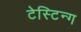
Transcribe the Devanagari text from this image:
टेस्टिन्ग